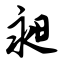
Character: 昶